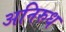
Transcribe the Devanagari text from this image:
अनिरुध